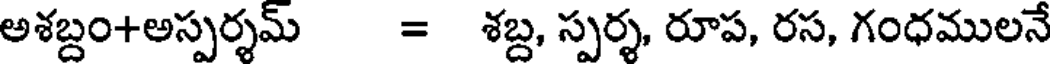
అశబ్దం+అస్పర్శమ్ = శబ్ద, స్పర్శ, రూప, రస, గంధములనే